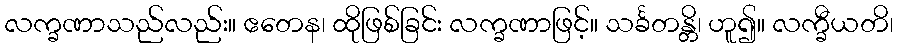
လက္ခဏာသည်လည်း။ ဧတေန၊ ထိုဖြစ်ခြင်း လက္ခဏာဖြင့်။ သင်္ခတန္တိ၊ ဟူ၍။ လက္ခီယတိ၊